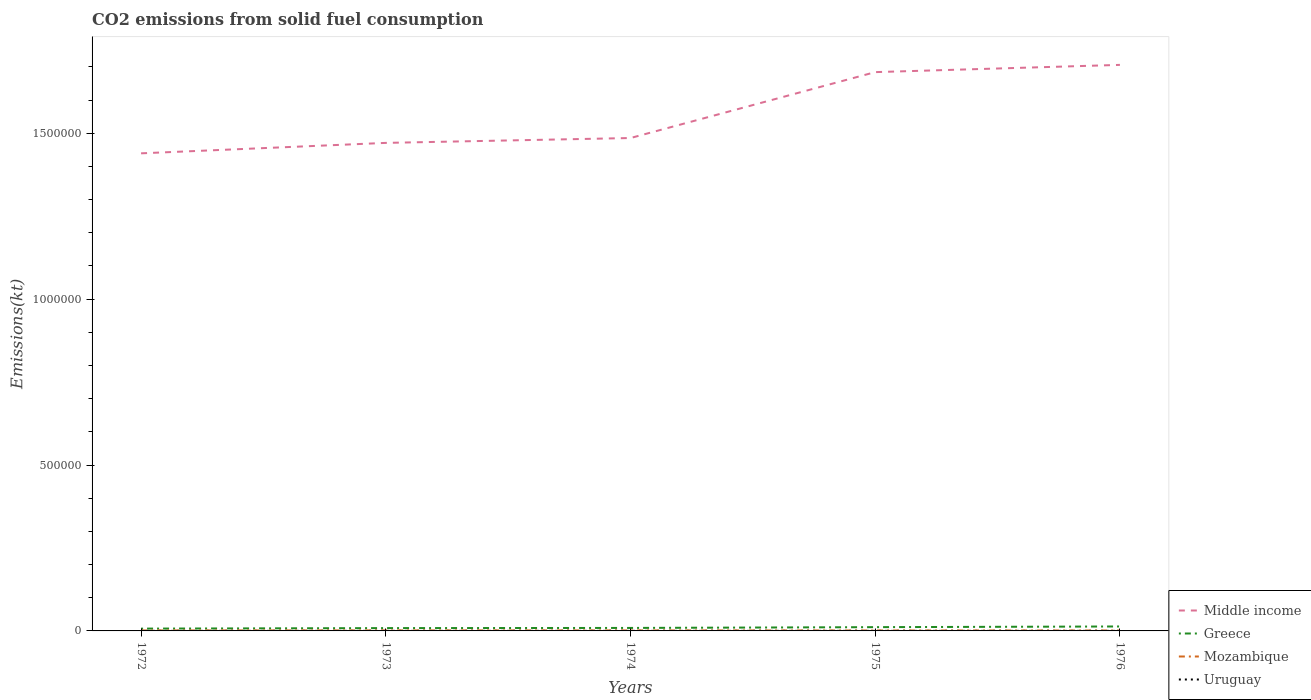
| Years | Middle income | Greece | Mozambique | Uruguay |
 | --- | --- | --- | --- | --- |
 | 1972 | 1.44e+06 | 6.97e+03 | 1.43e+03 | 88 |
 | 1973 | 1.47e+06 | 8.5e+03 | 1.56e+03 | 73.3 |
 | 1974 | 1.49e+06 | 9e+03 | 1.5e+03 | 77 |
 | 1975 | 1.68e+06 | 1.14e+04 | 1.37e+03 | 77 |
 | 1976 | 1.71e+06 | 1.34e+04 | 1.32e+03 | 69.7 |